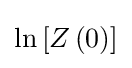
\ln \left[Z\left(0\right)\right]